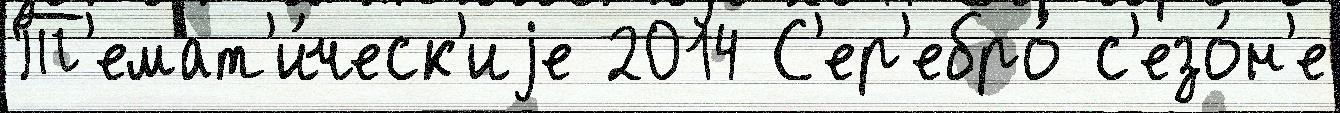
Т'емат'и́ческ'иjе 2014 С'ер'ебро́ с'езо́н'е